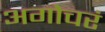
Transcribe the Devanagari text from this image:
अगोचरं